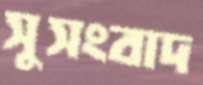
সুসংবাদ